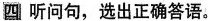
四 听问句，选出正确答语。